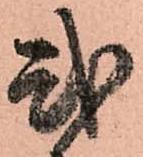
弐